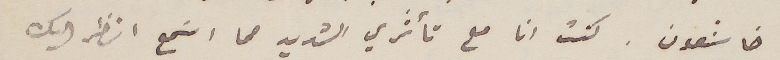
خاشعون. كنت انا مع تأثري الشديد مما اسَمع انظر اليك